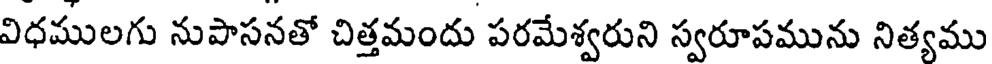
విధములగు నుపాసనతో చిత్తమందు పరమేశ్వరుని స్వరూపమును నిత్యము